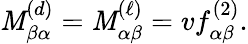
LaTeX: \mathit{M}_{\beta\alpha}^{(d)}=\mathit{M}_{\alpha\beta}^{(\ell)}=vf_{\alpha\beta}^{(2)}.